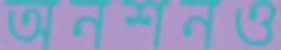
অনশনও